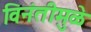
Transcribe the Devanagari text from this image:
विनंतीमुळे